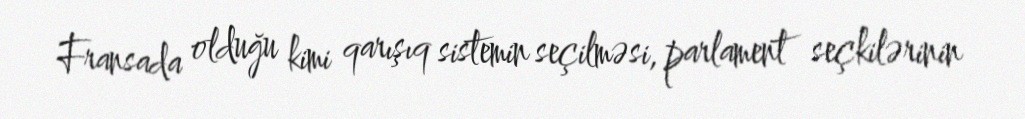
Fransada olduğu kimi qarışıq sistemin seçilməsi, parlament seçkilərinin